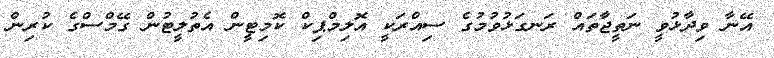
އޭނާ ވިދާޅުވީ ނަތީޖާތައް ރަނގަޅުވުމުގެ ސިއްރަކީ އޮލިމްޕިކް ކޮމިޓީން އެތުލީޓުން ގޭމްސްގެ ކުރިން